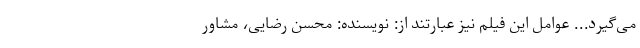
می‌گیرد... عوامل این فیلم نیز عبارتند از: نویسنده: محسن رضایی، مشاور